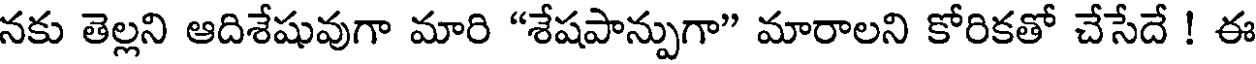
నకు తెల్లని ఆదిశేషువుగా మారి "శేషపాన్పుగా" మారాలని కోరికతో చేసేదే ! ఈ